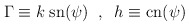
\begin{align*}\Gamma \equiv k \; {\rm sn}(\psi) \;\; , \;\;h \equiv {\rm cn}(\psi) \end{align*}